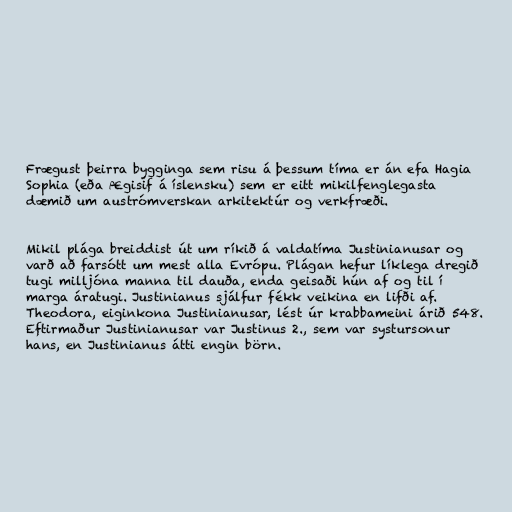
Frægust þeirra bygginga sem risu á þessum tíma er án efa Hagia
Sophia (eða Ægisif á íslensku) sem er eitt mikilfenglegasta
dæmið um austrómverskan arkitektúr og verkfræði.

Mikil plága breiddist út um ríkið á valdatíma Justinianusar og
varð að farsótt um mest alla Evrópu. Plágan hefur líklega dregið
tugi milljóna manna til dauða, enda geisaði hún af og til í
marga áratugi. Justinianus sjálfur fékk veikina en lifði af.
Theodora, eiginkona Justinianusar, lést úr krabbameini árið 548.
Eftirmaður Justinianusar var Justinus 2., sem var systursonur
hans, en Justinianus átti engin börn.